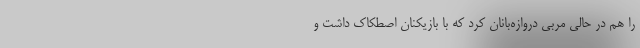
را هم در حالی مربی دروازه‌بانان کرد که با بازیکنان اصطکاک داشت و